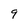
Character: q